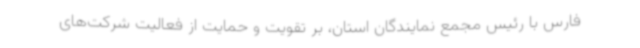
فارس با رئیس مجمع نمایندگان استان، بر تقویت و حمایت از فعالیت شرکت‌های